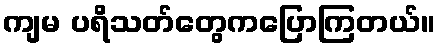
ကျမ ပရိသတ်တွေကပြောကြတယ်။